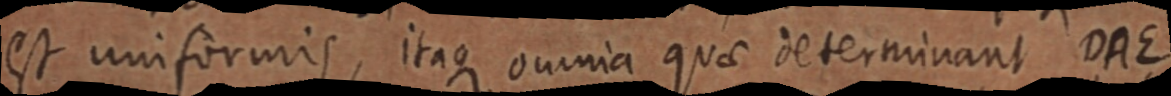
est uniformis, itaque omnia quae determinant DAE